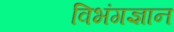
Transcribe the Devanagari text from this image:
विभंगज्ञान